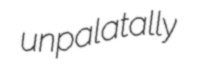
unpalatally